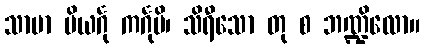
သာမာ ပိယင်္ဂု ကင်္ဂုပိ၊ သိရီသော တု စ ဘဏ္ဍိလော။